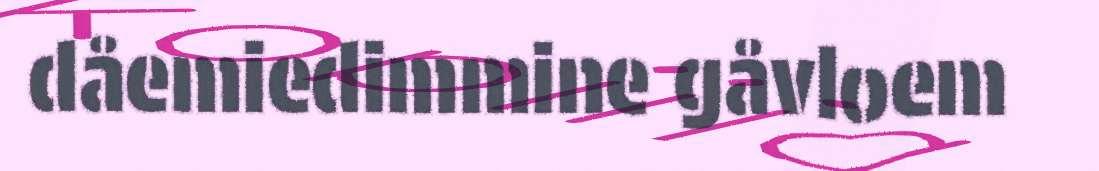
dåemiedimmine gåvloem